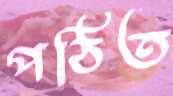
পঠিত